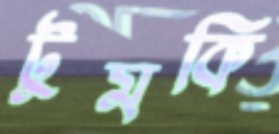
টুমকি